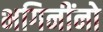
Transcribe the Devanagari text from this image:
भगिनींनो